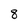
Character: 8